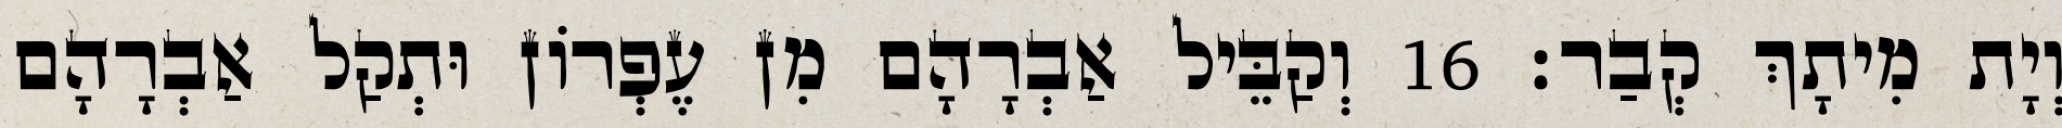
וְיָת מִיתָךְ קְבַר׃ 16 וְקַבֵּיל אַבְרָהָם מִן עֶפְרוֹן וּתְקַל אַבְרָהָם